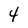
Character: 4